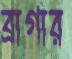
ব্রাগার